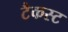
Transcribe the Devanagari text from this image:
टैकस्ट